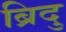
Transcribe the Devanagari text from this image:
ब्रिदु